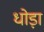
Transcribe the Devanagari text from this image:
धोड़ा